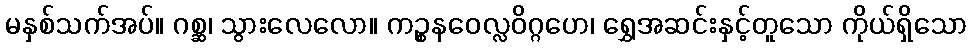
မနှစ်သက်အပ်။ ဂစ္ဆ၊ သွားလေလော။ ကဉ္စနဝေလ္လဝိဂ္ဂဟေ၊ ရွှေအဆင်းနှင့်တူသော ကိုယ်ရှိသော